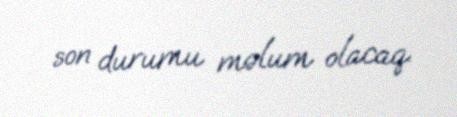
son durumu məlum olacaq.